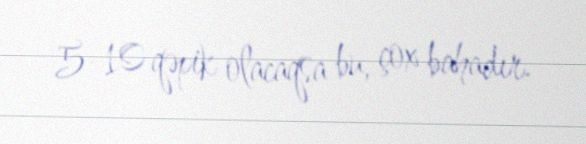
5-10 qəpik olacaqsa bu, çox bahadır.